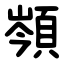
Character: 䫈